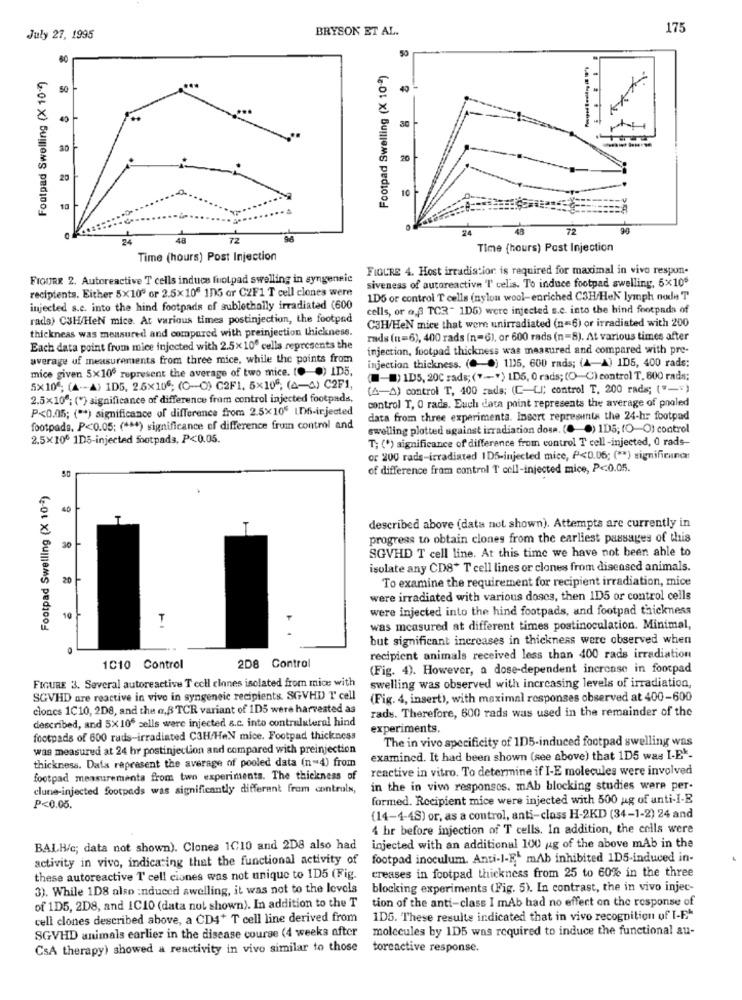
BRYSON ET AL.
175
July 27, 1995
Footpad Swelling (X 10-2)
Footpad Swelling (X 10*)
40
40
20
20
10
72
90
24
72
Time (hours) Post Injection
Time (hours) Post Injection
FIGURE 4. Host irradiation is required for maximal in vivo respon-
FIGURE 2. Autoreactive T cells induce fuotpad swelling in syngeneic
siveness of autoreactive 'I' celis. To induce footpad swelling, 5x105
recipients. Either 5X10º or 2.5x106 105 or C2F1 T cell clones were
1D6 or control T cells (nylon wool-enriched C3H/HeN' lymph node T
injected s.c. into the hind footpads of sublethally irradiated (600
cells, or a,@ TCR" 1D6) were injected s.c. into the hind footpada of
rads) CSH/HeN mice. At various times postinjection, the footpod
C3H/HeN mice that were unirradiated (n=6) or irradiated with 200
thickneas was measured and compared with preinjection thickness.
rads (n=6), 400 rads (n=6), or 600 rads (n=8). At various times after
Each data point from mice injected with 2.5x10" cells represents the
injection, footpad thickness was measured and compared with pre-
average uf measurements from three mice, while the points from
injection thickness. (@-) 115, 600 rads; (A-A) 1D5, 400 rads:
mice given 5x106 represent the average of two mice. (0-0) ID5.
(-) 1D5, 20℃ rads; ("-") 1D5, 0 rads; (O-C) control T. 600 rads;
5×106; (A-A) IDG, 2.5×106; (C-O) C2F1, 5x106; (4-4) C2F1,
(A-A) control T, 400 zada: (C-LI; control T. 200 rads; ("-")
2.5×10ª; (*) significance of difference fram control injected footpads,
P<0.05; ( ** ) significance of difference from 2.5×105 LD6-ir.jected
control T, O rads. Euch data point represents the average of pooled
data from three experimenta. Insert represents the 24-hr footpad
footpads, P<0.05; ( *** ) significance of difference frum contml and
swelling plotted against irradiation dose. (0-0) 1D5; (O-O) control
2.5×100 1D5-injected footpads, P<0.05.
T; (*) significance of difference from control T cell -injected, 0 rads-
or 200 rada-irradiated IDS-injected mice, P<0.06; ( ** ) signifieunca
of difference fram control T cell-injected mice, P <: 0.05.
Footpad Swelling (X 10-2)
40
1
described above (data not shown). Attempts are currently in
progress to obtain clones from the earliest passages of this
SGVHD T cell line. At this time we have not been able to
isolate any CD8+ T cell lines or clones from diseased animals.
20
To examine the requirement for recipient irradiation, mice
were irradiated with various doses, then 1D5 or control cells
were injected into the hind footpads, and footpad thickness
T
was measured at different times postinoculation. Minimal,
but significant increases in thickness were observed when
0
recipient animals received less than 400 rads irradiation
1010 Control
2D8 Control
(Fig. 4). However, a dose-dependent increase in footpad
FIGURE 3. Several autoreactive Tecll clones isolated from mice with
swelling was observed with increasing levels of irradiation,
SGVHD are reactive in vivo in syngeneic recipients. SGVHD T cell
(Fig. 4, insert), with maximal responses observed at 400-600
clones 1C10, 2D8, and the a,B TCR variant of 1D5 were harvested as
rads. Therefore, 600 rads was used in the remainder of the
described, and 5X106 cells were injected s.c. into contruluteral hind
experiments.
footpads of 600 rads-irradiated C3H/HAN mice. Footpad thickness
The in vivo specificity of 1D5-induced footpad swelling was
was measured at 24 hr postinjection and compared with preinjection
thickness. Data represent the average of pooled data (n=4) from
examined. It had been shown (see above) that 1D5 was I-E-
reactive in vitro. To determine if I-E molecules were involved
footpad measurementa from two experiments. The thickness of
clune-injected footpads was significantly different from controls,
in the in viws responses. mAb blocking studies were per-
formed. Recipient mice were injected with 500 ug of anti-I-E
P<0.05.
(14-4-48) or, as a control, anti-class H-2KD (34-1-2) 24 and
4 hr before injection of T cells. In addition, the cells were
BALB/c; data not shown). Clones 1C10 and 2D8 also had
injected with an additional 100 ug of the above mAb in the
activity in vivo, indicating that the functional activity of
footpad inoculum. Anti-l-E- mAb inhibited 1D5-induced in-
creases in footpad thickness from 25 to 60% in the three
these autoreactive T cell ciones was not unique to 1D5 (Fig.
3). While 1D8 also :nduced swelling, it was not to the levels
blocking experiments (Fig. 5). In contrast, the in vivo injec-
tion of the anti-class I mAb had no effect on the response of
of 1D5, 2D8, and 1C10 (data not shown). In addition to the T
cell clones described above, a CD4+ T cell line derived from
1D5. These results indicated that in vivo recognition of I-E-
SGVHD animals earlier in the disease course (4 weeks after
molecules by 1D5 was required to induce the functional au-
CSA therapy) showed a reactivity in vivo similar to those
toreactive response.